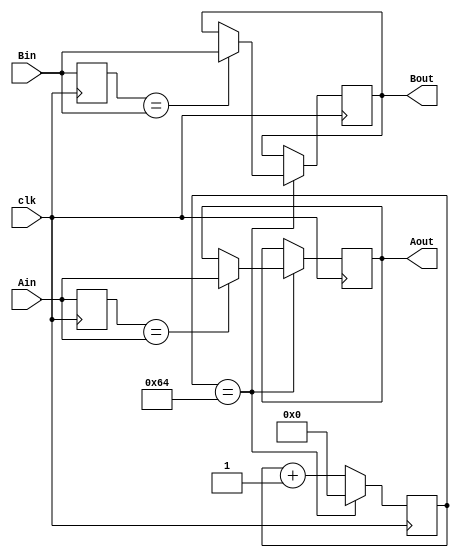
`timescale 1ns / 1ps
//////////////////////////////////////////////////////////////////////////////////
// Company: 
// Engineer: 
// 
// Design Name: 
// Module Name:    Debouncer 
// Project Name: 
// Target Devices: 
// Tool versions: 
// Description: 
//
// Dependencies: 
//
// Revision: 
// Revision 0.01 - File Created
// Additional Comments: 
//
//////////////////////////////////////////////////////////////////////////////////
module Debouncer(
   clk,
    Ain,
    Bin,
    Aout,
    Bout
    );
	 
	 // ===========================================================================
	 // 										Port Declarations
	 // ===========================================================================
    input clk;
    input Ain;
    input Bin;
    output Aout;
    output Bout;

	 // ===========================================================================
	 // 							  Parameters, Regsiters, and Wires
	 // ===========================================================================
	 reg Aout = 0;
	 reg Bout = 0;

	 reg [6:0] sclk = 0;
	 reg sampledA = 0;
	 reg sampledB = 0;
	 
	 // ===========================================================================
	 // 										Implementation
	 // ===========================================================================
	 always @(posedge clk) begin
			sampledA <= Ain;
			sampledB <= Bin;
			// clock is divided to 1MHz
			// samples every 1uS to check if the input is the same as the sample
			// if the signal is stable, the debouncer should output the signal
			
			if(sclk == 7'b1100100) begin
					if(sampledA == Ain) begin
							Aout <= Ain;
					end
					
					if(sampledB == Bin) begin
							Bout <= Bin;
					end
					
					sclk <= 7'b0000000;
			end
			else begin
					sclk <= sclk + 7'b0000001;
			end
	 end

endmodule